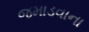
જમાડવાના